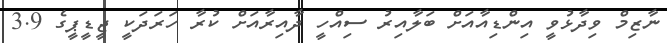
ނާޒިމް ވިދާޅުވީ އިންޑިއާއަށް ބަލާއިރު ސިއްހީ ދާއިރާއަށް ކުރާ ހަރަދަކީ ޖީޑީޕީގެ 3.9